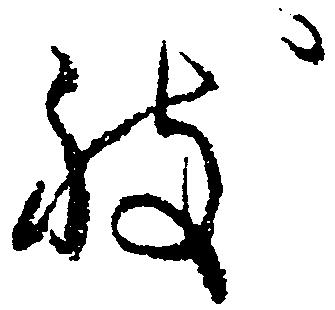
致